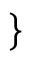
\left. \begin{array} { r l } \end{array} \right\} \qquad \mathrm { ~ }